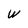
Character: W